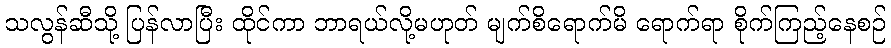
သလွန်ဆီသို့ ပြန်လာပြီး ထိုင်ကာ ဘာရယ်လို့မဟုတ် မျက်စိရောက်မိ ရောက်ရာ စိုက်ကြည့်နေစဉ်